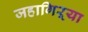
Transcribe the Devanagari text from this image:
जहागिऱ्या